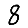
Digit: 8